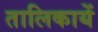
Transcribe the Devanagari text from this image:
तालिकायें